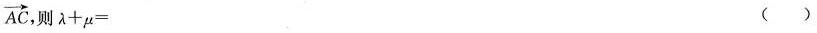
$$\overrightarrow{AC}$$ 则\lambda+\mu= ( )